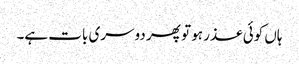
ہاں کوئی عذر ہو تو پھر دوسری بات ہے۔